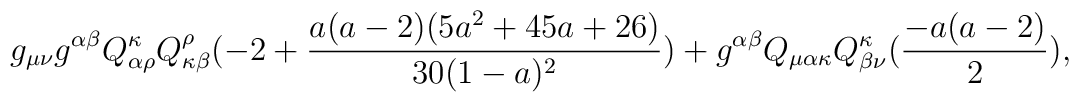
g_{\mu\nu}g^{\alpha\beta}Q^{\kappa}_{\alpha\rho}Q^{\rho}_{\kappa\beta}(-2 +\frac{a(a-2)(5a^2 + 45a + 26)}{30(1-a)^2}) +g^{\alpha\beta}Q_{\mu\alpha\kappa}Q^{\kappa}_{\beta\nu}(\frac{-a(a -2)}{2}),